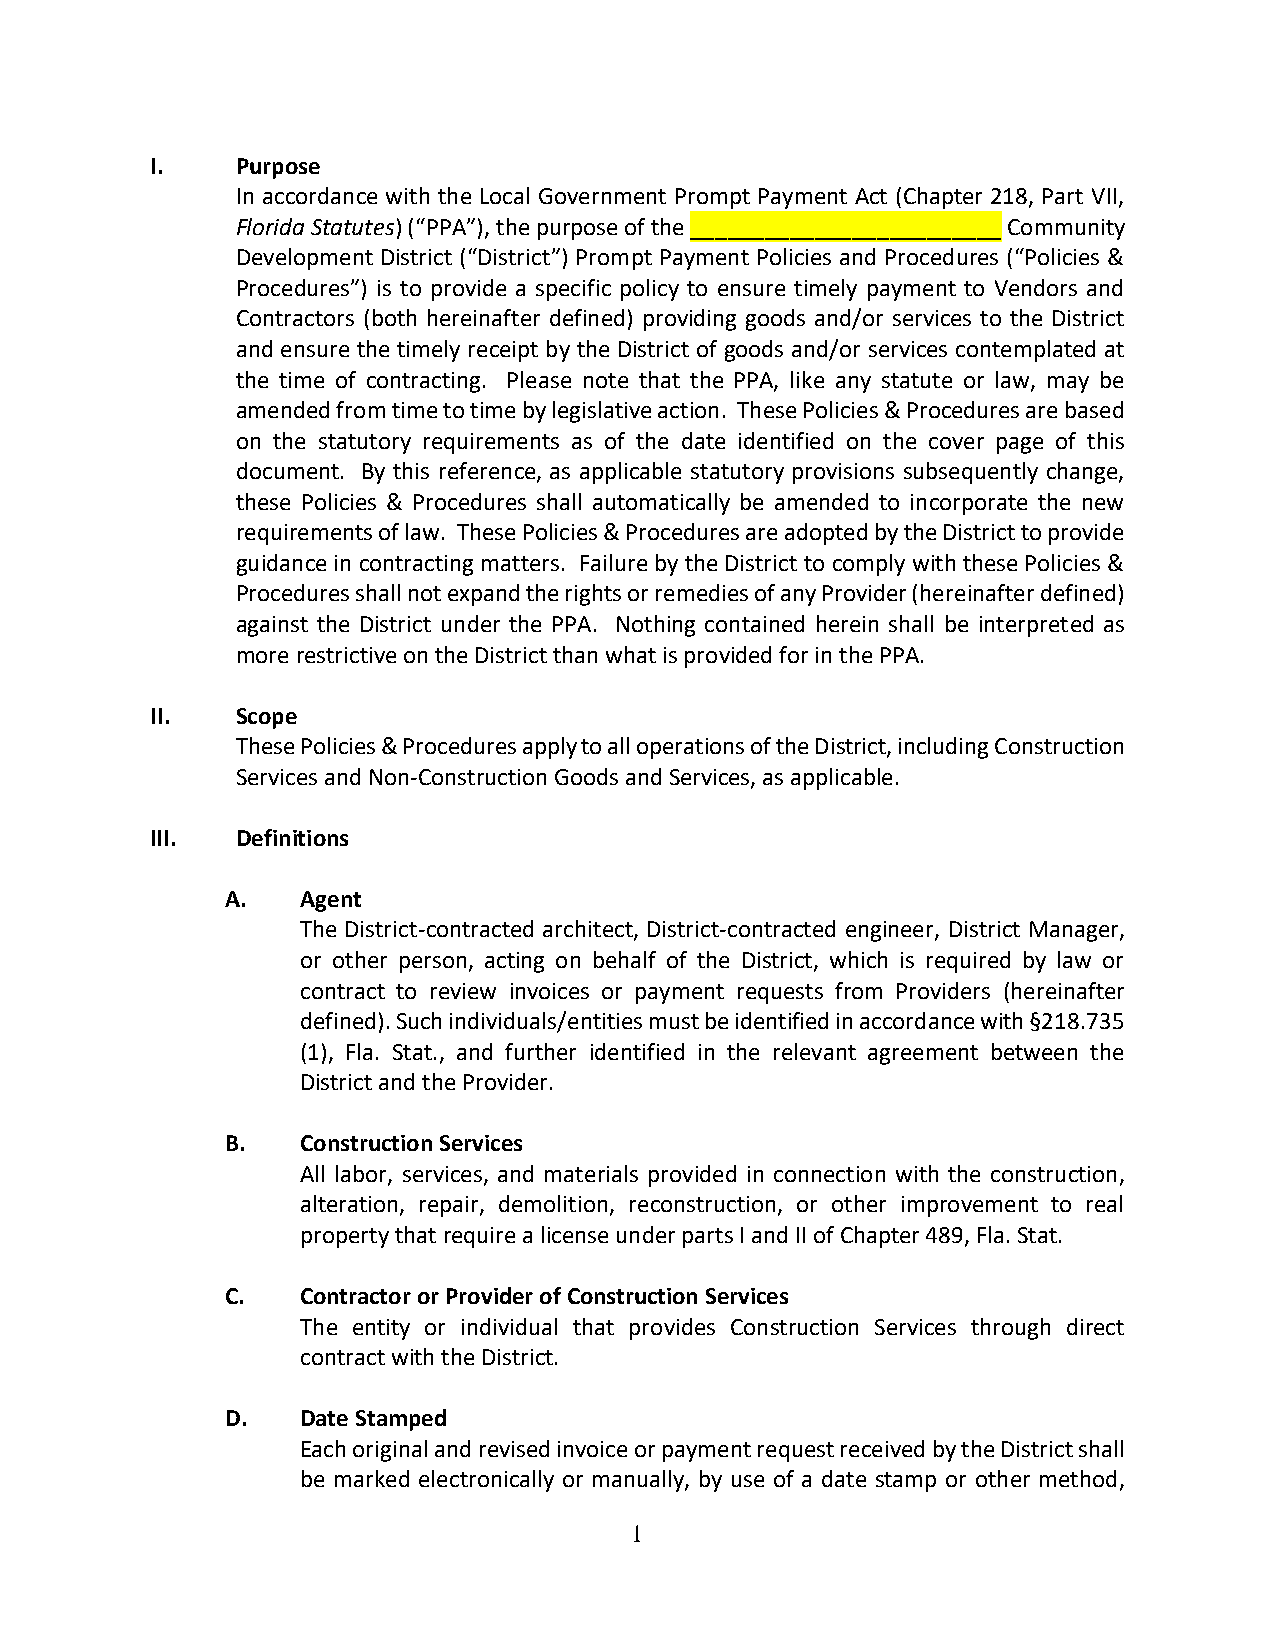
I.    Purpose
 In accordance with the Local Government Prompt Payment Act (Chapter 218, Part VII,
 Florida Statutes) (“PPA”), the purpose of the _________________________ Community
 Development District (“District”) Prompt Payment Policies and Procedures (“Policies &
 Procedures”) is to provide a specific policy to ensure timely payment to Vendors and
 Contractors (both hereinafter defined) providing goods and/or services to the District
 and ensure the timely receipt by the District of goods and/or services contemplated at
 the time of contracting. Please note that the PPA, like any statute or law, may be
 amended from time to time by legislative action. These Policies & Procedures are based
 on the statutory requirements as of the date identified on the cover page of this
 document. By this reference, as applicable statutory provisions subsequently change,
 these Policies & Procedures shall automatically be amended to incorporate the new
 requirements of law. These Policies & Procedures are adopted by the District to provide
 guidance in contracting matters. Failure by the District to comply with these Policies &
 Procedures shall not expand the rights or remedies of any Provider (hereinafter defined)
 against the District under the PPA. Nothing contained herein shall be interpreted as
 more restrictive on the District than what is provided for in the PPA.
 II.   Scope
 These Policies & Procedures apply to all operations of the District, including Construction
 Services and Non-Construction Goods and Services, as applicable.
 III.  Definitions
 A.   Agent
 The District-contracted architect, District-contracted engineer, District Manager,
 or other person, acting on behalf of the District, which is required by law or
 contract to review invoices or payment requests from Providers (hereinafter
 defined). Such individuals/entities must be identified in accordance with §218.735
 (1), Fla. Stat., and further identified in the relevant agreement between the
 District and the Provider.
 B.   Construction Services
 All labor, services, and materials provided in connection with the construction,
 alteration, repair, demolition, reconstruction, or other improvement to real
 property that require a license under parts I and II of Chapter 489, Fla. Stat.
 C.   Contractor or Provider of Construction Services
 The entity or individual that provides Construction Services through direct
 contract with the District.
 D.   Date Stamped
 Each original and revised invoice or payment request received by the District shall
 be marked electronically or manually, by use of a date stamp or other method,
 1